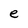
Character: e